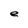
Character: e